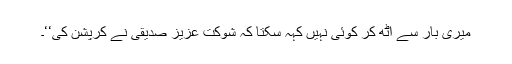
میری بار سے اٹھ کر کوئی نہیں کہہ سکتا کہ شوکت عزیز صدیقی نے کرپشن کی‘‘۔